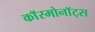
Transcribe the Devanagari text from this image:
काॅस्मोनाॅट्स